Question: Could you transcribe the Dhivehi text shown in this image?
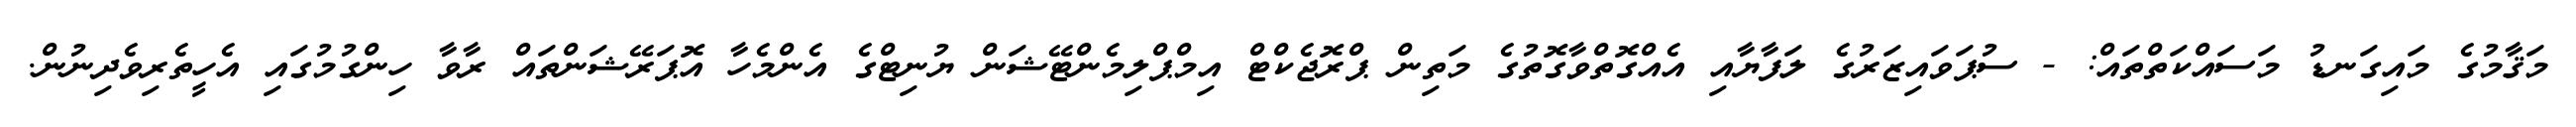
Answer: މަޤާމުގެ މައިގަނޑު މަސައްކަތްތައް: - ސުޕަވައިޒަރުގެ ލަފާޔާއި އެއްގޮތްވާގޮތުގެ މަތިން ޕްރޮޖެކްޓް އިމްޕްލިމެންޓޭޝަން ޔުނިޓްގެ އެންމެހާ އޮޕަރޭޝަންތައް ރާވާ ހިންގުމުގައި އެހީތެރިވެދިނުން.